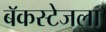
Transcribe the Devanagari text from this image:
बॅकस्टेजला